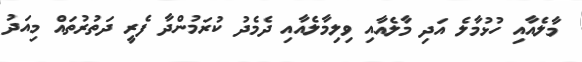
މާލެއާއި ހުޅުމާލެ އަދި މާލެއާއި ވިލިމާލެއާއި ދެމެދު ކުރަމުންދާ ފެރީ ދަތުރުތައް މިއަދު